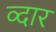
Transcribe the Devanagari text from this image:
व्दार